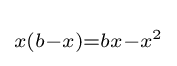
\scriptstyle x(b-x)=bx-x^{2}